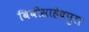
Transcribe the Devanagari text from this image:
बिबीसाहेबपुरा